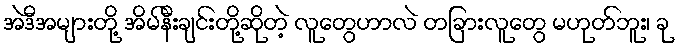
အဲဒီအများတို့ အိမ်နီးချင်းတို့ဆိုတဲ့ လူတွေဟာလဲ တခြားလူတွေ မဟုတ်ဘူး၊ ခု